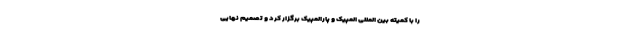
را با کمیته بین المللی المپیک و پارالمپیک برگزار کرد و تصمیم نهایی